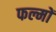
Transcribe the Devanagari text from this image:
फल्मों